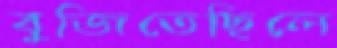
বুজিতেছিলে